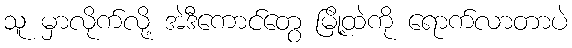
သူ မှာလိုက်လို့ အဲဒီကောင်တွေ မြို့ထဲကို ရောက်လာတာပဲ